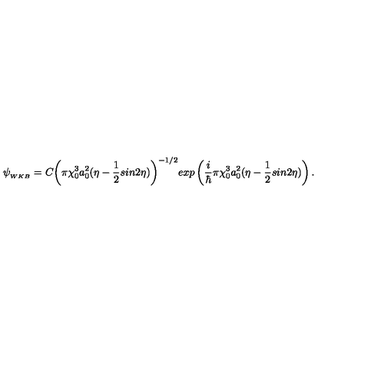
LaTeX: \psi _ { _ { W K B } } = C { \left( \pi \chi _ { 0 } ^ { 3 } a _ { 0 } ^ { 2 } ( \eta - \frac { 1 } { 2 } s i n { 2 \eta } ) \right) } ^ { - 1 / 2 } e x p \left( \frac { i } { \hbar } \pi \chi _ { 0 } ^ { 3 } a _ { 0 } ^ { 2 } ( \eta - \frac { 1 } { 2 } s i n { 2 \eta } ) \right) .